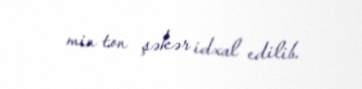
min ton şəkər idxal edilib.